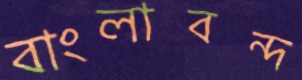
বাংলাবন্দ